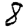
Digit: 8